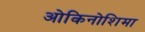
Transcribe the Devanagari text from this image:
ओकिनोशिमा